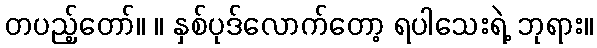
တပည့်တော်။ ။ နှစ်ပုဒ်လောက်တော့ ရပါသေးရဲ့ ဘုရား။